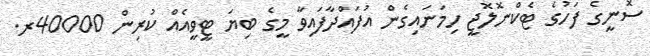
ސޮނީގެ ފަހުގެ ޓެކްނޮލޮޖީ ހިމަނައިގެން އުފައްދާފައިވާ މީގެ ބިޔަ ޓީވީއެއް ކުރިން 40000ރ.